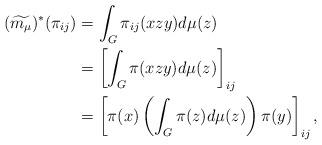
LaTeX: \begin{align*}(\widetilde{m_\mu})^*(\pi_{ij}) & = \int_G \pi_{ij}(xzy)d\mu(z)\\& = \left[\int_G \pi(xzy)d\mu(z)\right]_{ij}\\& = \left[\pi(x)\left(\int_G \pi(z)d\mu(z)\right)\pi(y)\right]_{ij},\end{align*}